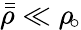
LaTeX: \bar{\bar{\rho}}\ll\rho_{\! \circ}